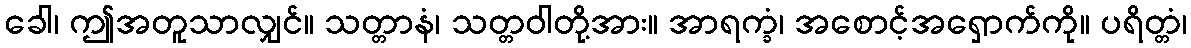
ခေါ၊ ဤအတူသာလျှင်။ သတ္တာနံ၊ သတ္တဝါတို့အား။ အာရက္ခံ၊ အစောင့်အရှောက်ကို။ ပရိတ္တံ၊